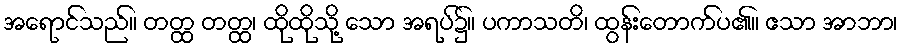
အရောင်သည်။ တတ္ထ တတ္ထ၊ ထိုထိုသို့ သော အရပ်၌။ ပကာသတိ၊ ထွန်းတောက်ပ၏။ ဧသာ အာဘာ၊